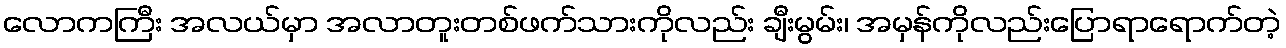
လောကကြီး အလယ်မှာ အလာတူးတစ်ဖက်သားကိုလည်း ချီးမွမ်း၊ အမှန်ကိုလည်းပြောရာရောက်တဲ့